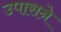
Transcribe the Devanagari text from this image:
उपासने